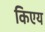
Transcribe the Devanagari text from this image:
किएय